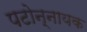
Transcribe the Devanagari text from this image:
पटोन्नायक